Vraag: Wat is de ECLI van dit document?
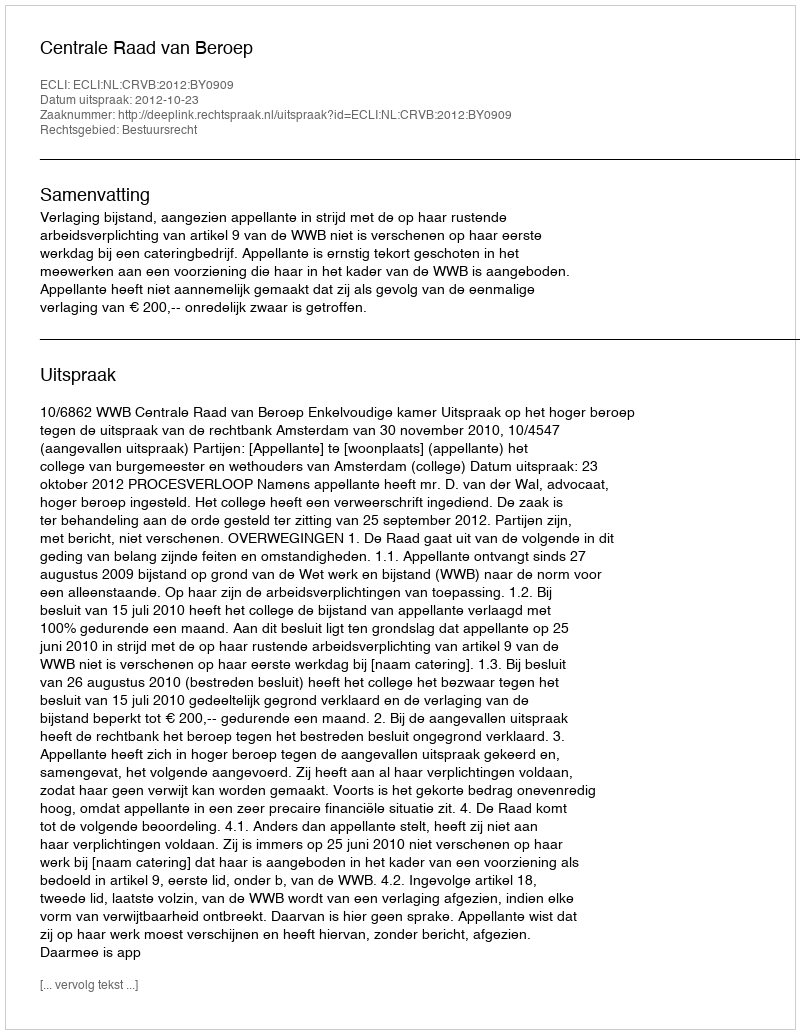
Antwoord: ECLI:NL:CRVB:2012:BY0909